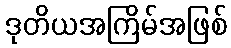
ဒုတိယအကြိမ်အဖြစ်